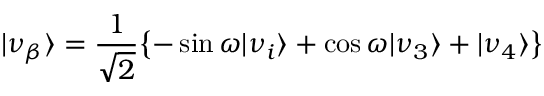
\vert \nu _ { \beta } \rangle = { \frac { 1 } { \sqrt { 2 } } } { \left\{ - \sin \omega \vert \nu _ { i } \rangle + \cos \omega \vert \nu _ { 3 } \rangle + \vert \nu _ { 4 } \rangle \right\} }